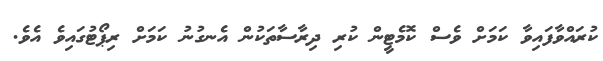
ކުރައްވާފައިވާ ކަމަށް ވެސް ކޮމެޓީން ކުރި ދިރާސާތަކުން އެނގުނު ކަމަށް ރިޕޯޓުގައިވެ އެވެ.